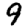
Digit: 9